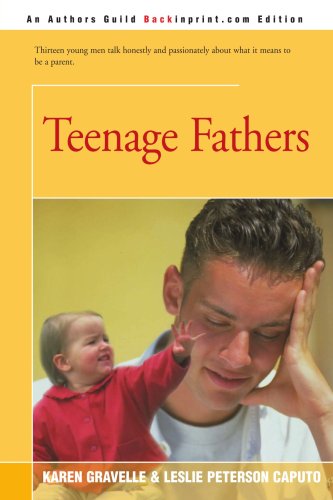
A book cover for Teenage Fathers; Karen Gravelle; Teen & Young Adult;